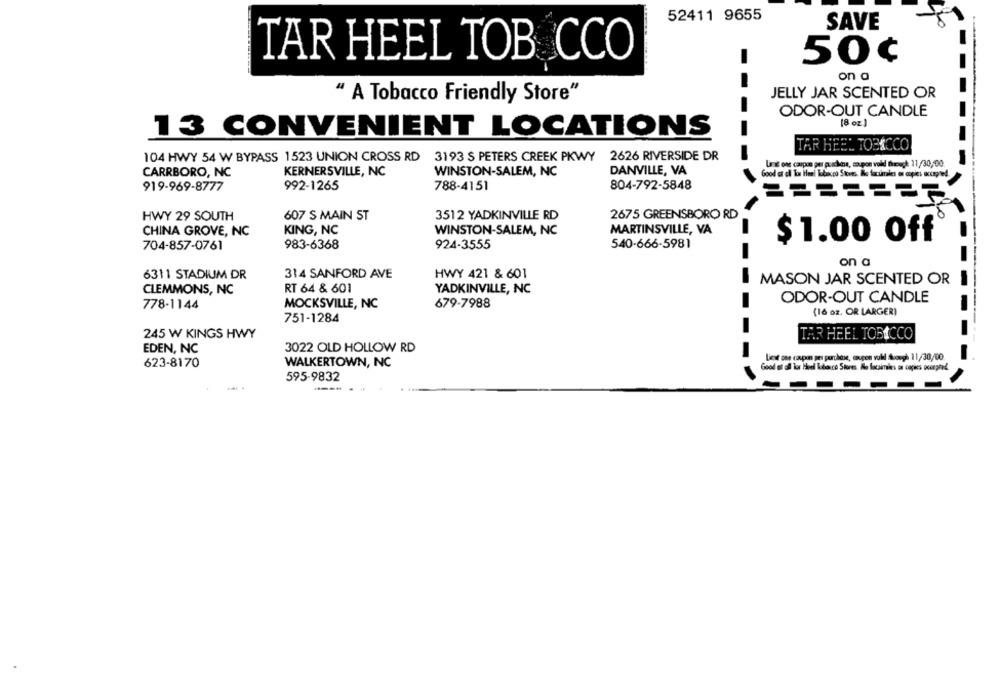
52411 9655
SAVE
TAR HEEL TOB CCO
50¢
on a
JELLY JAR SCENTED OR
" A Tobacco Friendly Store"
ODOR-OUT CANDLE
[8 oz.]
13 CONVENIENT LOCATIONS
TAR HEEL TOBACCO
104 HWY 54 W BYPASS 1523 UNION CROSS RD 3193 S PETERS CREEK PKWY 2626 RIVERSIDE DR
Lané one coupon per pudina, coupon voll though 11/30, 00.
CARRBORO, NC
KERNERSVILLE, NC
WINSTON-SALEM, NC
DANVILLE, VA
Good at oll Tor Heel Tobacco Stores, Bo factmiles on copies accepted.
919-969-8777
992-1265
788-4151
804-792-5848
HWY 29 SOUTH
607 S MAIN ST
3512 YADKINVILLE RD
2675 GREENSBORO RD
KING, NC
MARTINSVILLE, VA
CHINA GROVE, NC
WINSTON-SALEM, NC
$ 1.00 Off
704-857-0761
983-6368
924-3555
540-666-5981
on a
6311 STADIUM DR
314 SANFORD AVE
HWY 421 & 601
MASON JAR SCENTED OR
CLEMMONS, NC
RT 64 & 601
YADKINVILLE, NC
ODOR-OUT CANDLE
778-1144
MOCKSVILLE, NC
679-7988
(16 oz. OR LARGER)
751-1284
245 W KINGS HWY
TAR HEEL TOBACCO
3022 OLD HOLLOW RD
EDEN, NC
Liest one caspa pes purchase, angen vul tough 11/30/00.
623-8170
WALKERTOWN, NC
Good at all lor Hoe Kdouce Stores As facsimiles on copies ouphed
595-9832